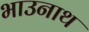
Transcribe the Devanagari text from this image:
भाउनाथ